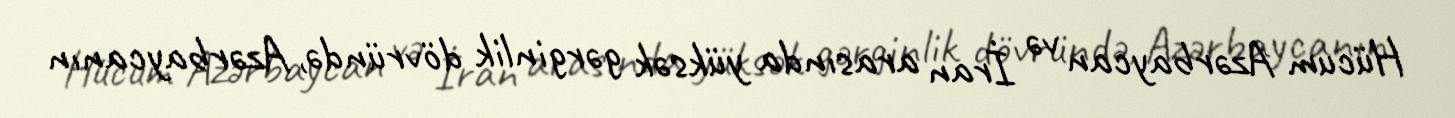
Hücum Azərbaycan və İran arasında yüksək gərginlik dövründə, Azərbaycanın